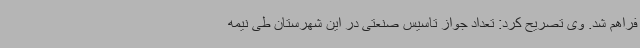
فراهم شد. وی تصریح کرد: تعداد جواز تاسیس صنعتی در این شهرستان طی نیمه